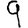
Digit: 9